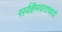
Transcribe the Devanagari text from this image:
सर्वहैमवताचार्य